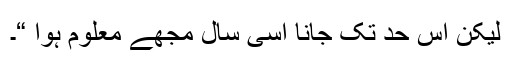
لیکن اس حد تک جانا اسی سال مجھے معلوم ہوا “۔